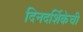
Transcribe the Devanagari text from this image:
दिनदर्शिकेची